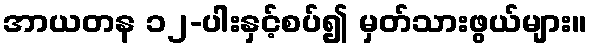
အာယတန ၁၂-ပါးနှင့်စပ်၍ မှတ်သားဖွယ်များ။